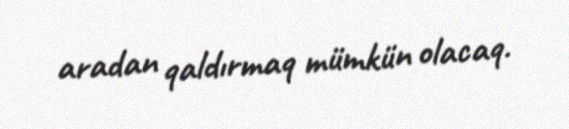
aradan qaldırmaq mümkün olacaq.